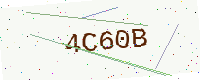
Text: 4C60B